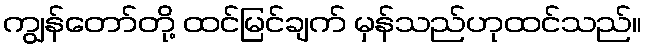
ကျွန်တော်တို့ ထင်မြင်ချက် မှန်သည်ဟုထင်သည်။